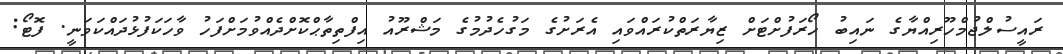
ރައީސުލްޖުމްހޫރިއްޔާގެ ނައިބު ހޯރަފުށްޓަށް ޒިޔާރަތްކުރައްވައި އެރަށުގެ މަގުހެދުމުގެ މަޝްރޫއު އިފްތިތާޙްކޮށްދެއްވުމަށްފަހު ވާހަކަފުޅުދައްކަވަނީ. ފޮޓޯ: